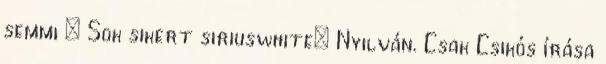
semmi : Sok sikert siriuswhite: Nyilván. Csak Csikós írása